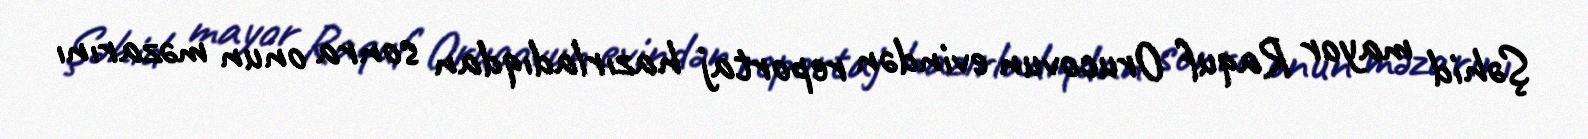
Şəhid mayor Raquf Orucovun evindən reportaj hazırladıqdan sonra onun məzarını